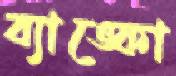
ব্যাঙ্কো